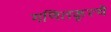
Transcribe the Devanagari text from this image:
गणितकृत्ये